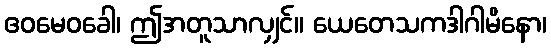
ဧဝမေဝခေါ၊ ဤအတူသာလျှင်။ ယေတေသကဒါဂါမိနော၊